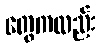
တွေကလည်း